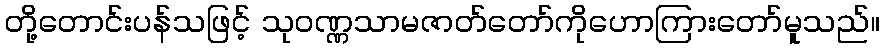
တို့တောင်းပန်သဖြင့် သုဝဏ္ဏသာမဇာတ်တော်ကိုဟောကြားတော်မူသည်။